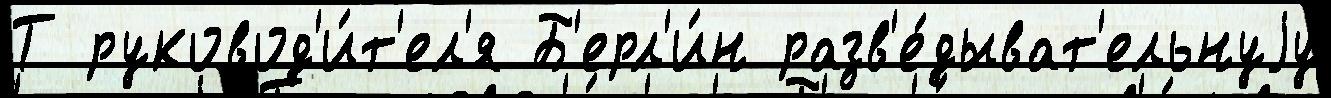
Т руковод'и́т'ел'я Б'ерл'и́н разв'е́дыват'ельнуjу